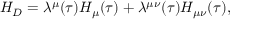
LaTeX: H _ { D } = \lambda ^ { \mu } ( \tau ) H _ { \mu } ( \tau ) + \lambda ^ { \mu \nu } ( \tau ) H _ { \mu \nu } ( \tau ) ,